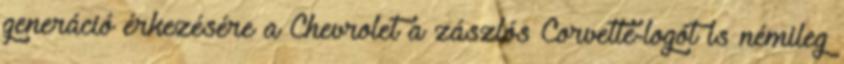
generáció érkezésére a Chevrolet a zászlós Corvette-logót is némileg